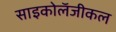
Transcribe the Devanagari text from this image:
साइकोलॅजीकल